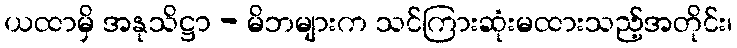
ယထာမှိ အနုသိဋ္ဌာ - မိဘများက သင်ကြားဆုံးမထားသည့်အတိုင်း၊